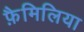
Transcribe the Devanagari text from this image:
फ़ैमिलिया